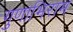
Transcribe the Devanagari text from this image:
गुणाभिराम